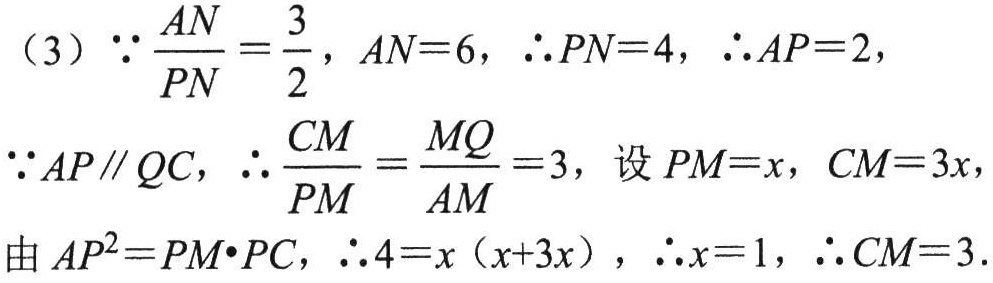
（3）\(\because\frac{AN}{PN}=\frac{3}{2}\)，\(AN = 6\)，\(\therefore PN = 4\)，\(\therefore AP = 2\)，

\(\because AP\parallel QC\)，\(\therefore\frac{CM}{PM}=\frac{MQ}{AM}=3\)，设\(PM = x\)，\(CM = 3x\)，

由\(AP^{2}=PM\cdot PC\)，\(\therefore4 = x(x + 3x)\)，\(\therefore x = 1\)，\(\therefore CM = 3\)。